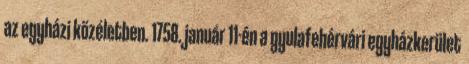
az egyházi közéletben. 1758. január 11-én a gyulafehérvári egyházkerület